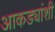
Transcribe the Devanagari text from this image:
आकड्यांशी